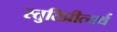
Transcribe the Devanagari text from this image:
स्तुतिप्रीत्यर्थ